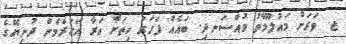
ޖ. ވަރަށް މައުލޫމާތު މުއްސަނދި. ބައެއް ފަހަރު ހިތަށް އަރާ އަހަރެމެން ދުނިޔޭގެ